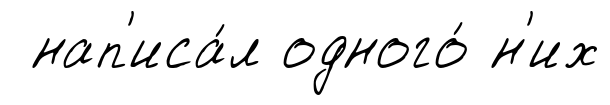
нап'иса́л одного́ н'их